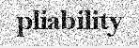
pliability